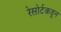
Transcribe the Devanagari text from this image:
रेसोर्टकडून